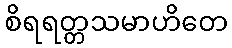
စိရရတ္တသမာဟိတေ